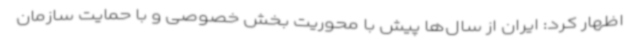
اظهار کرد: ایران از سال‌ها پیش با محوریت بخش خصوصی و با حمایت سازمان